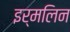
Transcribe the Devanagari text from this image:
इर्मलिन